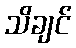
သိချင်